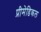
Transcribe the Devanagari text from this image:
प्रीमेडिकल